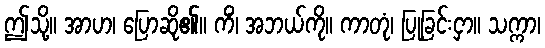
ဤသို့။ အာဟ၊ ပြောဆို၏။ ကိံ၊ အဘယ်ကို။ ကာတုံ၊ ပြုခြင်းငှာ။ သက္ကာ၊